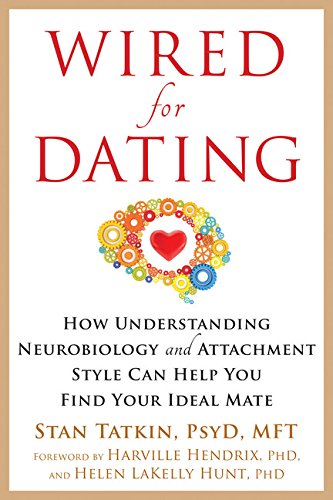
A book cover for Wired for Dating: How Understanding Neurobiology and Attachment Style Can Help You Find Your Ideal Mate; Stan Tatkin PsyD  MFT; Self-Help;